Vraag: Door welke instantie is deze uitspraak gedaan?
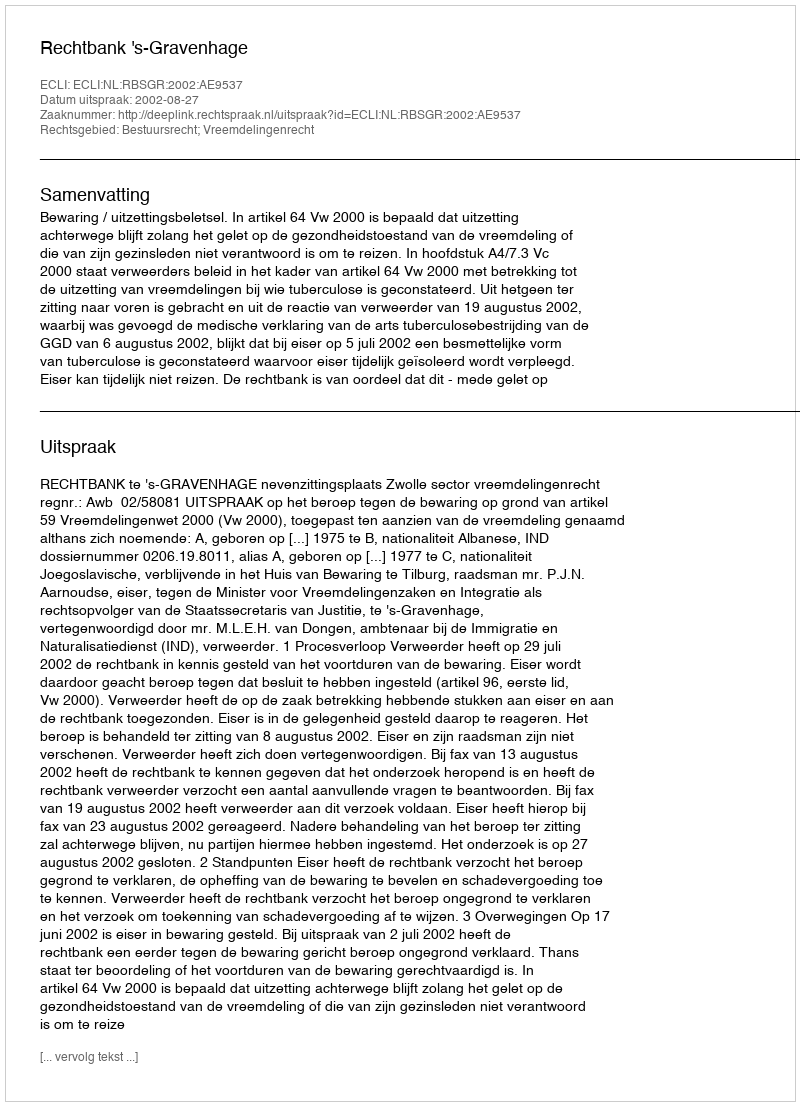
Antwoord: Rechtbank 's-Gravenhage